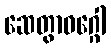
ဆေတွာဝဂ္ဂေါ